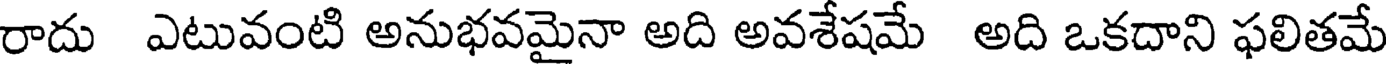
రాదు ఎటువంటి అనుభవమైనా అది అవశేషమే అది ఒకదాని ఫలితమే